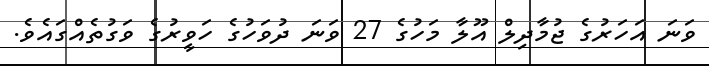
ވަނަ އަހަރުގެ ޖުމާދިލް އޫލާ މަހުގެ 27 ވަނަ ދުވަހުގެ ހަވީރުގެ ވަގުތެއްގައެވެ.